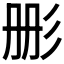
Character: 𮱹